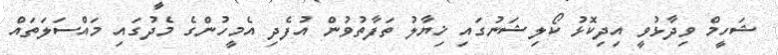
ޝަހީމް ވިދާޅުވީ އިދިކޮޅު ކޯލިޝަނުގައި ޚިޔާލު ތަފާތުވުން އުފެދި އެމީހުންގެ މެދުގައި މައްސަލަތައް